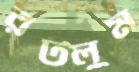
রটলুম